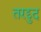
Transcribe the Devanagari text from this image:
तरद्दुद